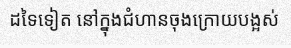
ដទៃទៀត នៅក្នុងជំហានចុងក្រោយបង្អស់